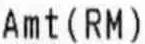
AMT(RM)